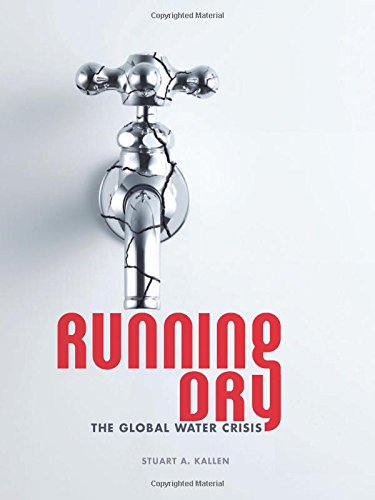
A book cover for Running Dry: The Global Water Crisis (Nonfiction - Young Adult); Stuart A. Kallen; Teen & Young Adult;